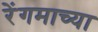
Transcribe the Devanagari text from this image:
रेंगमाच्या